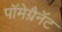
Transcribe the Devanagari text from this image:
पॉमेग्रैनॅट